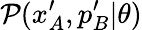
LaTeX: \mathcal{P}(x_{A}^{\prime},p_{B}^{\prime}|\theta)